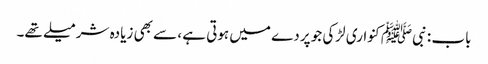
باب : نبیﷺ کنواری لڑکی جو پردے میں ہوتی ہے ، سے بھی زیادہ شرمیلے تھے۔